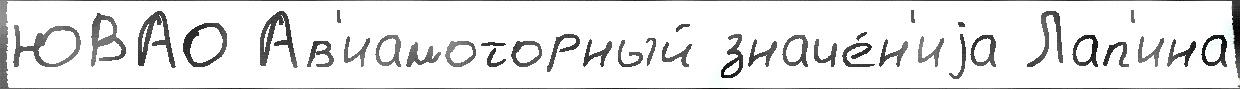
ЮВАО Ав'иамоторный значе́н'иjа Лап'ина